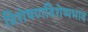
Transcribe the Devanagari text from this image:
विशेषणविशेष्यभाव